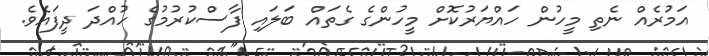
އަމުރެއް ނެތި މީހުން ހައްޔަރުކޮށް މީހުންގެ ގެތައް ބަލައި ފާސްކުރުމުގެ ހުއްދަ ދީފައެވެ.